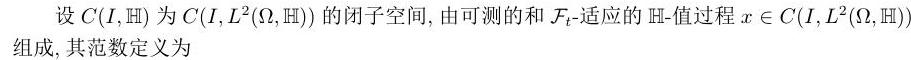
设$C(I,\mathbb{H})$为$C(I,L^{2}(\Omega,\mathbb{H}))$的闭子空间，由可测的和$\mathcal{F}_t$-适应的$\mathbb{H}$-值过程$x\in C(I,L^{2}(\Omega,\mathbb{H}))$组成，其范数定义为